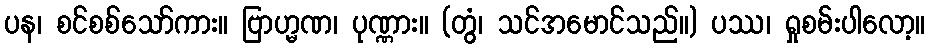
ပန၊ စင်စစ်သော်ကား။ ဗြာဟ္မဏ၊ ပုဏ္ဏား။ (တွံ၊ သင်အမောင်သည်။) ပဿ၊ ရှုစမ်းပါလော့။